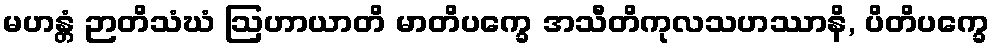
မဟန္တံ ဉာတိသံဃံ ဩဟာယာတိ မာတိပက္ခေ အသီတိကုလသဟဿာနိ, ပိတိပက္ခေ